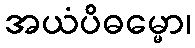
အယံပိဓမ္မော၊